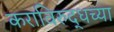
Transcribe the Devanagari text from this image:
कराविरुद्धच्या